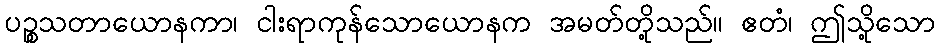
ပဉ္စသတာယောနကာ၊ ငါးရာကုန်သောယောနက အမတ်တို့သည်။ ဧတံ၊ ဤသို့သော